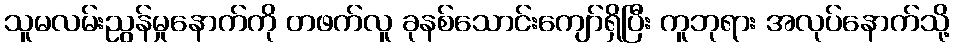
သူမလမ်းညွန်မှုနောက်ကို တဖက်လူ ခုနစ်သောင်းကျော်ရှိပြီး ကူဘုရား အလုပ်နောက်သို့